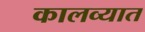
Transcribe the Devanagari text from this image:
कालव्यात